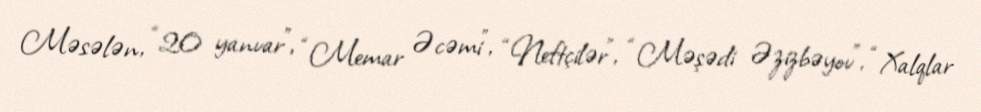
Məsələn, “20 yanvar”, “Memar Əcəmi”, “Neftçilər”, “Məşədi Əzizbəyov”, “Xalqlar